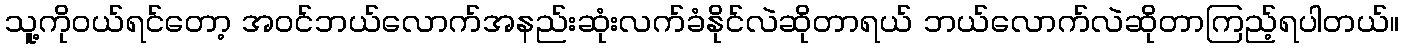
သူ့ကိုဝယ်ရင်တော့ အဝင်ဘယ်လောက်အနည်းဆုံးလက်ခံနိုင်လဲဆိုတာရယ် ဘယ်လောက်လဲဆိုတာကြည့်ရပါတယ်။